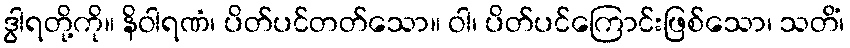
ဒွါရတို့ကို။ နိဝါရဏံ၊ ပိတ်ပင်တတ်သော။ ဝါ၊ ပိတ်ပင်ကြောင်းဖြစ်သော၊ သတိံ၊